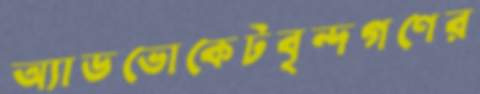
অ্যাডভোকেটবৃন্দগণের